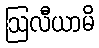
ဩလီယာမိ